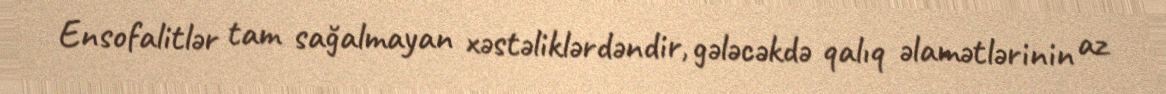
Ensofalitlər tam sağalmayan xəstəliklərdəndir, gələcəkdə qalıq əlamətlərinin az